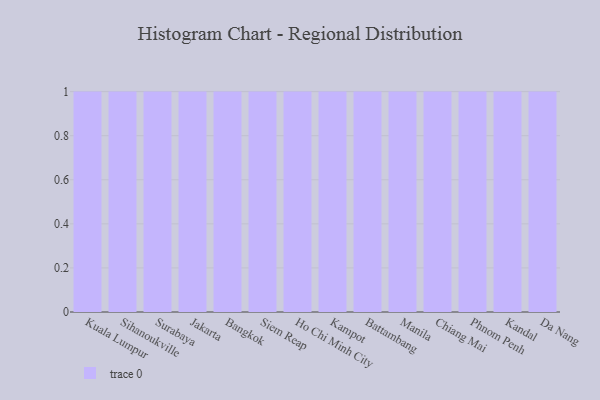
{"axis": {"x": "City", "y": "Tickets Resolved"}, "legend": [""], "data": [{"x": "Kuala Lumpur", "y": 31, "type": ""}, {"x": "Sihanoukville", "y": 95, "type": ""}, {"x": "Surabaya", "y": 13, "type": ""}, {"x": "Jakarta", "y": 2, "type": ""}, {"x": "Bangkok", "y": 56, "type": ""}, {"x": "Siem Reap", "y": 63, "type": ""}, {"x": "Ho Chi Minh City", "y": 45, "type": ""}, {"x": "Kampot", "y": 83, "type": ""}, {"x": "Battambang", "y": 69, "type": ""}, {"x": "Manila", "y": 44, "type": ""}, {"x": "Chiang Mai", "y": 73, "type": ""}, {"x": "Phnom Penh", "y": 3, "type": ""}, {"x": "Kandal", "y": 20, "type": ""}, {"x": "Da Nang", "y": 32, "type": ""}]}